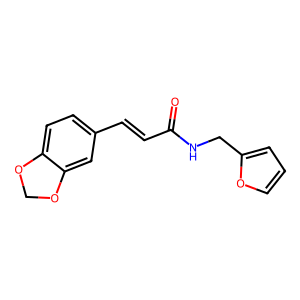
SMILES: O=C(C=Cc1ccc2c(c1)OCO2)NCc1ccco1
Inhibits HIV replication: No